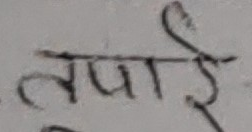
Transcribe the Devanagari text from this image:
तपाईं